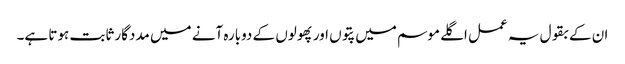
ان کے بقول یہ عمل اگلے موسم میں پتوں اور پھولوں کے دوبارہ آنے میں مددگار ثابت ہوتا ہے۔